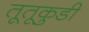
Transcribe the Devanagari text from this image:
तूतूकुडी